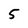
Character: 5